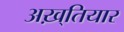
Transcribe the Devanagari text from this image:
अख़्तियार